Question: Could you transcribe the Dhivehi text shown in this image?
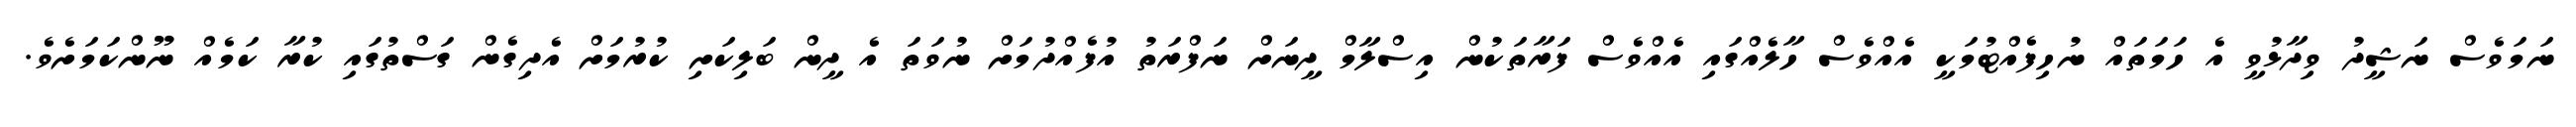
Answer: ނަމަވެސް ނަޝީދު ވިދާޅުވީ އެ ހަމަތައް ނުހިފެއްޓުމަކީ އެއްވެސް ހާލެއްގައި އެއްވެސް ފަރާތަކުން އިސްލާމް ދީނަށް ނަފްރަތު އުފެއްދުމަށް ނުވަތަ އެ ދީން ބަލިކަށި ކުރުމަށް އެދިގެން ގަސްތުގައި ކުރާ ކަމެއް ނޫންކަމަށެވެ.